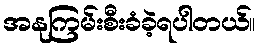
အနုကြမ်းစီးခံခဲ့ရပါတယ်။